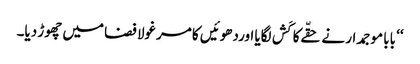
‘‘ بابا موجمدار نے حقّےکا کَش لگایا اوردھوئیں کا مرغولا فضا میں چھوڑ دیا۔